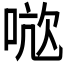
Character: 𭈤